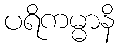
ပရိကမ္မာနိ